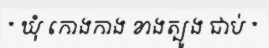
* ឃុំ កោងកាង ខាងត្បូង ជាប់ *